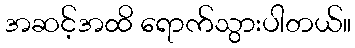
အဆင့်အထိ ရောက်သွားပါတယ်။